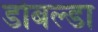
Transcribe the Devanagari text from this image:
डोबल्डा